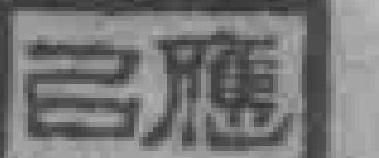
已應